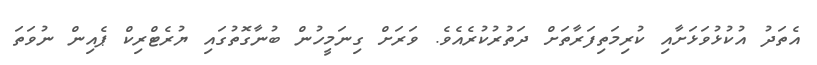
އެތަދު އުކުޅުވަޅަށާއި ކުރިމަތިފަރާތަށް ދަތުރުކުރެއެވެ. ވަރަށް ގިނަމީހުން ބުނާގޮތުގައި ޔުރެޓްރިކް ޕެއިން ނުވަތަ